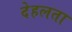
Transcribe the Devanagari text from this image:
देहलता